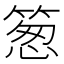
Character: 䈡